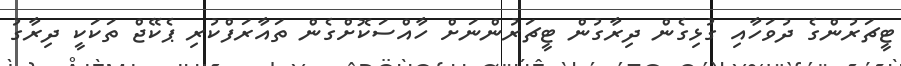
ޓީޗަރުންގެ ދުވަހާއި ގުޅިގެން ދިރާގުން ޓީޗަރުންނަށް ހާއްސަކޮށްގެން ތައާރަފްކުރި ޕެކޭޖް ތަަކަކީ ދިރާގު